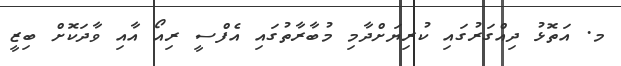
މ. އަތޮޅު ދިއްގަރުގައި ކުރިޔަށްދާމި މުބާރާތުގައި އެފްސީ ރިއޯ އާއި ވާދަކޮށް ބިޒީ